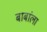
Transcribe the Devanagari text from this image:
बाबांला